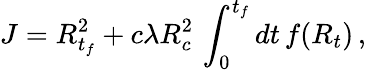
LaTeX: J=R_{t_{f}}^{2}+c\lambda R_{c}^{2}\, \int_{0}^{t_{f}}{dt\, f(R_{t})}\, ,